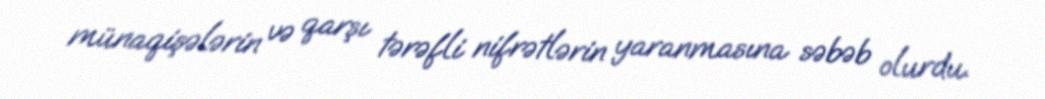
münaqişələrin və qarşı tərəfli nifrətlərin yaranmasına səbəb olurdu.